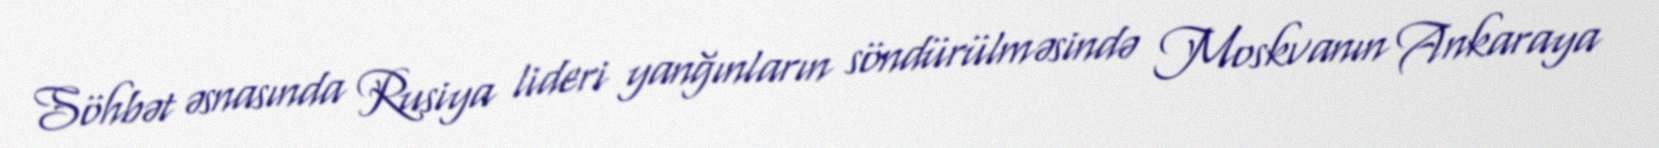
Söhbət əsnasında Rusiya lideri yanğınların söndürülməsində Moskvanın Ankaraya